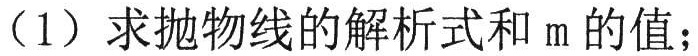
（1）求抛物线的解析式和$m$的值；